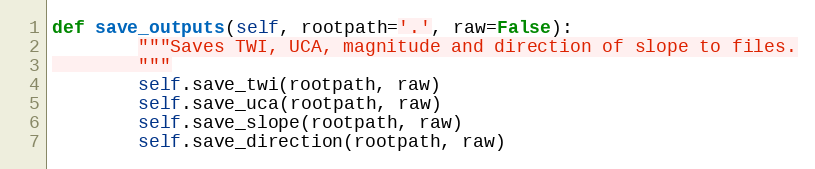
Language: Python
def save_outputs(self, rootpath='.', raw=False):
        """Saves TWI, UCA, magnitude and direction of slope to files.
        """
        self.save_twi(rootpath, raw)
        self.save_uca(rootpath, raw)
        self.save_slope(rootpath, raw)
        self.save_direction(rootpath, raw)